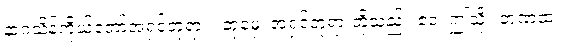
နာဂသိန်ကိုယ်တော်အရှင်ဘုရား။ တုမှေ၊ အရှင်ဘုရားတို့သည်။ ဧဝံ၊ ဤသို့။ ဘဏထ၊